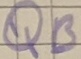
Text: QB